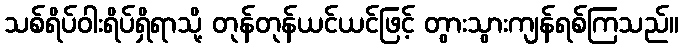
သစ်ရိပ်ဝါးရိပ်ရှိရာသို့ တုန်တုန်ယင်ယင်ဖြင့် တွားသွားကျန်ရစ်ကြသည်။